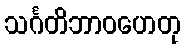
သင်္ဂတိဘာဝဟေတု